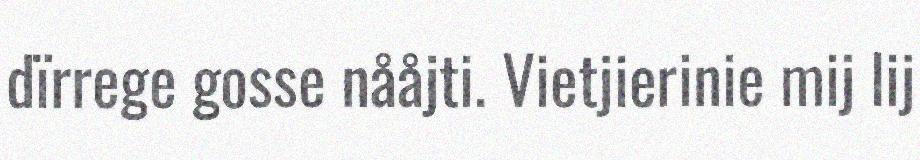
dïrrege gosse nååjti. Vietjierinie mij lij